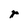
Character: r